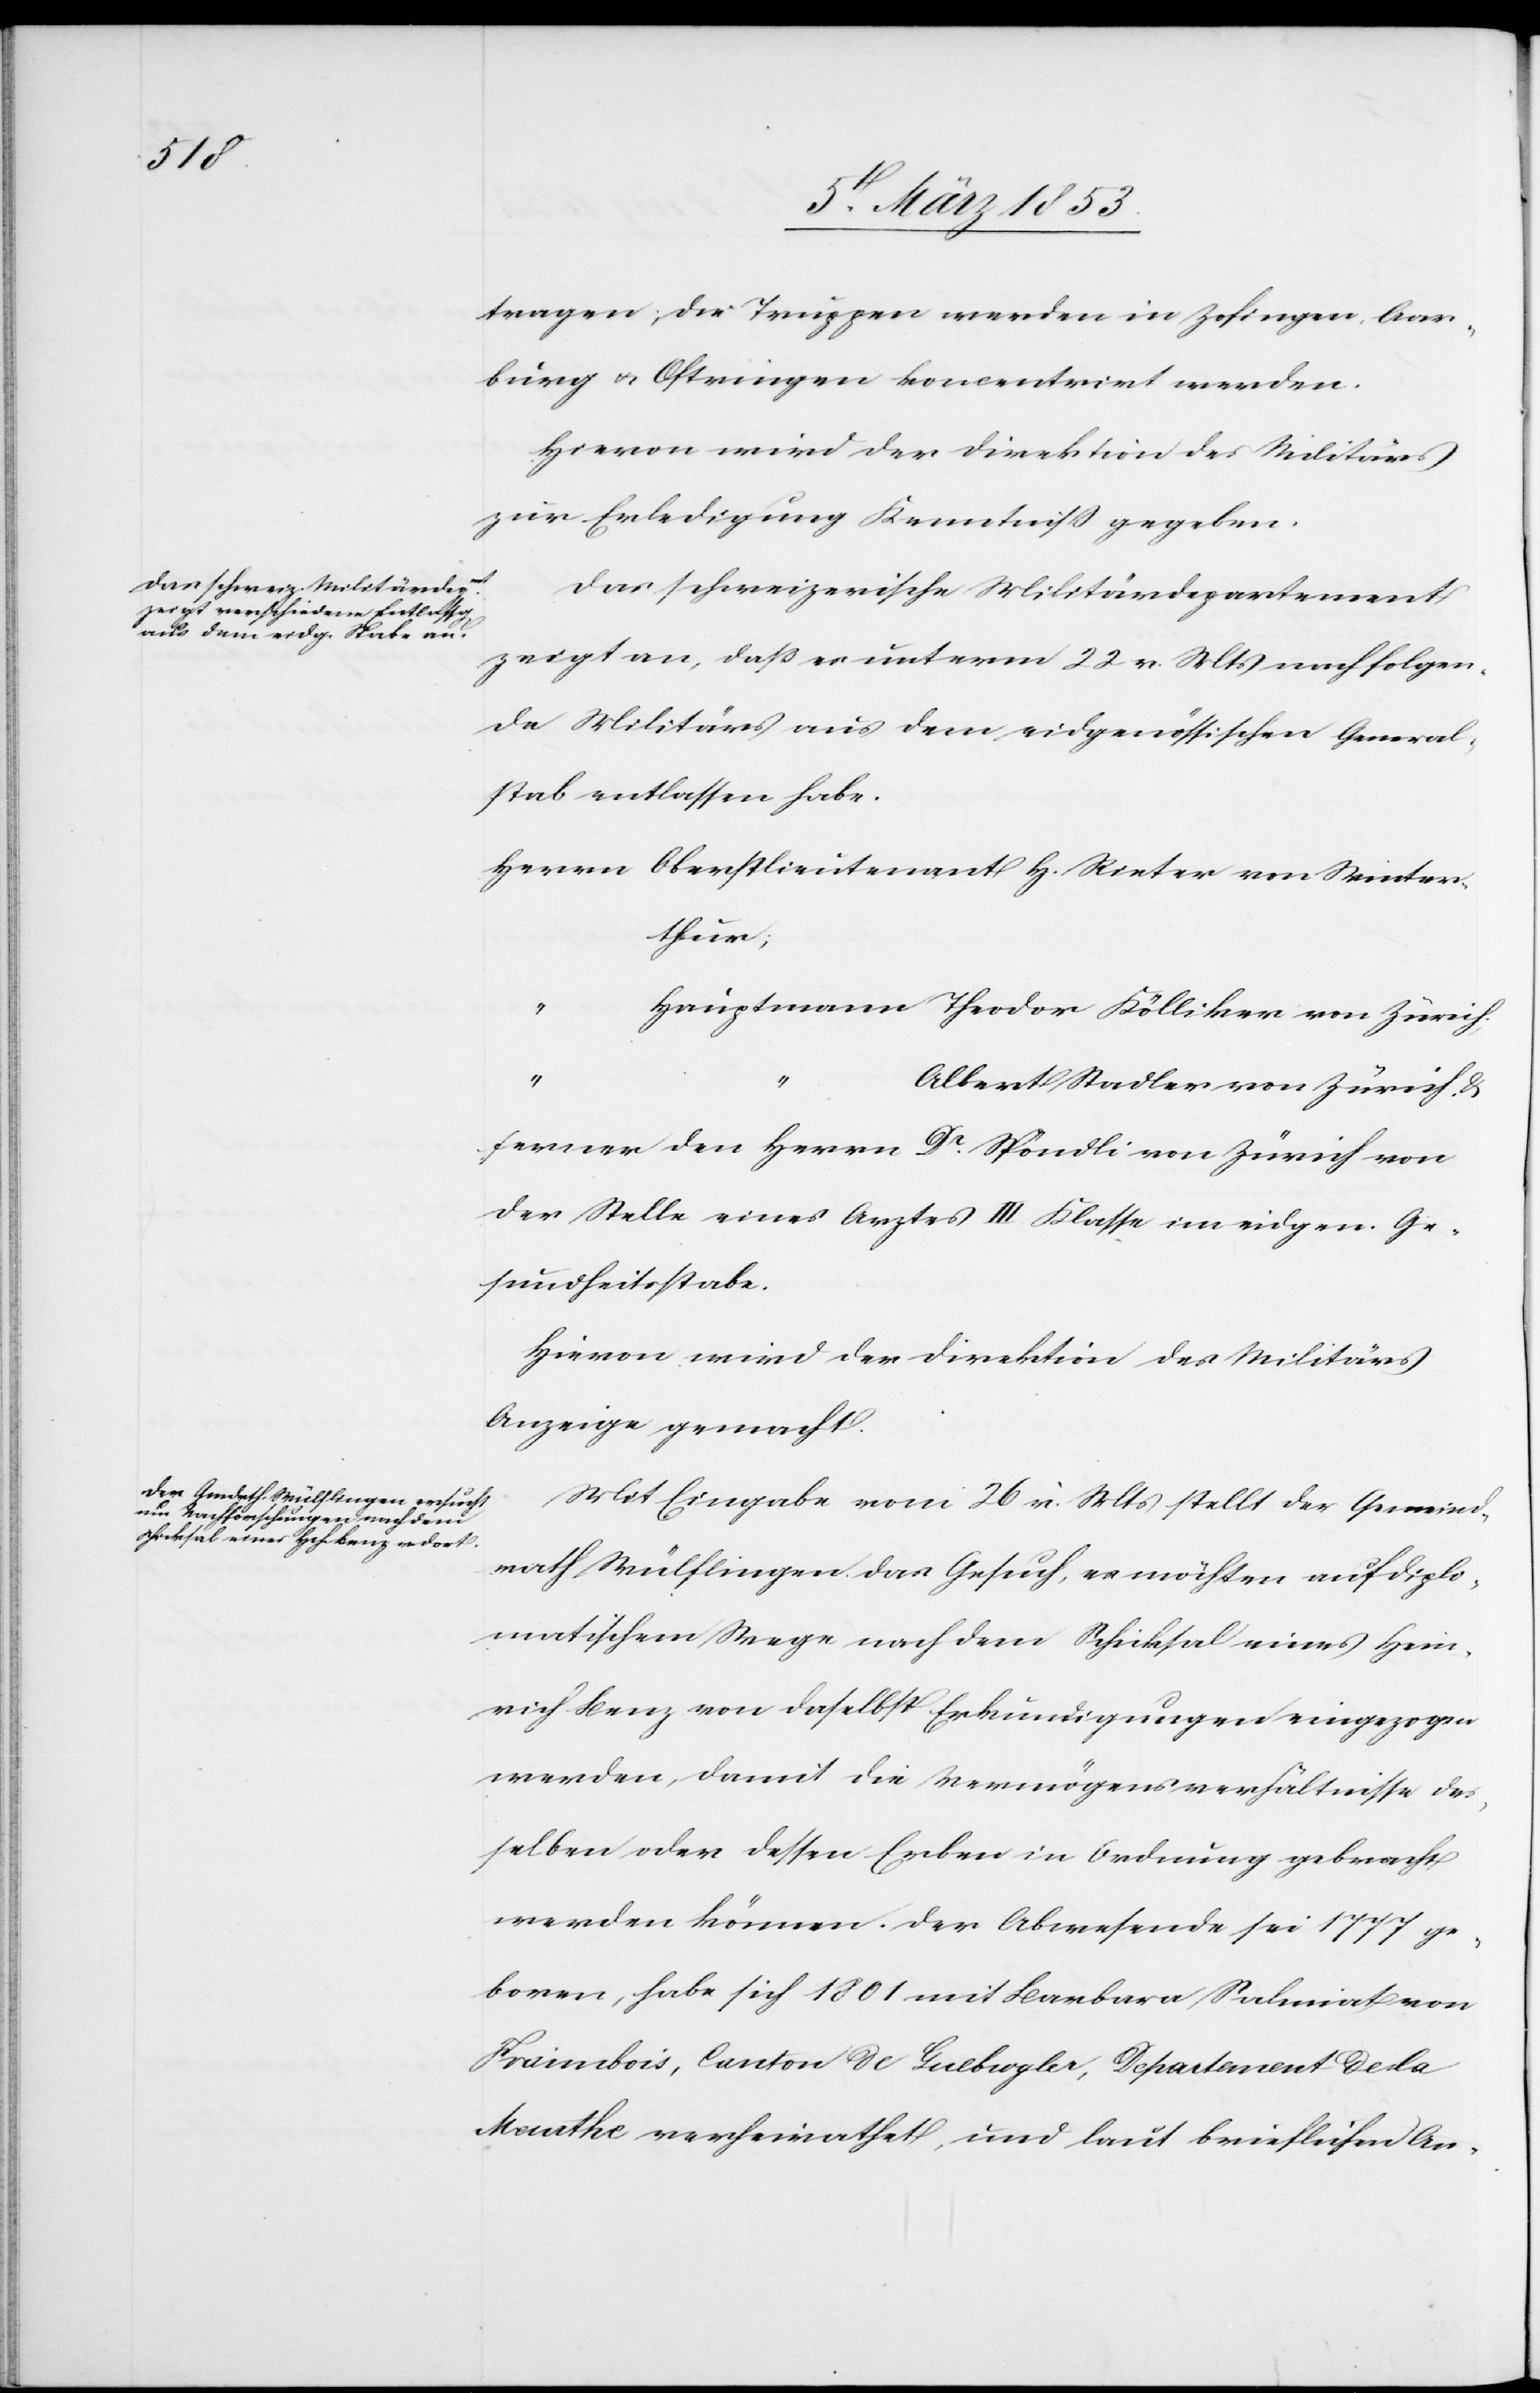
tragen, die Truppen werden in Zofingen, Aar¬
burg u. Ostringen koncentrirt werden.
Hievon wird der Direktion des Militärs
zur Erledigung Kenntniß gegeben.
Das schweizerische Militärdepartement
zeigt an, daß es unterm 22 v. Mts. nachfolgen¬
de Militärs aus dem eidgenössischen General¬
stab entlassen habe.
Herrn Oberstlieutnant H. Rieter von Winter¬
thur,
Hauptmann Theodor Kölliker von Zürich,
&
ferner den Herrn Dr. Spöndli von Zürich von
der Stelle eines Arztes III. Klasse im eidgen. Ge¬
sundheitsstabe.
Hievon wird der Direktion des Militärs
Anzeige gemacht.
Mit Eingabe vom 26 v. Mts. stellt der Gemeind¬
rath Wülflingen das Gesuch, es möchten auf diplo¬
matischem Wege nach dem Schiksal eines Hein¬
rich Benz von daselbst Erkundigungen eingezogen
werden, damit die Vermögensverhältnisse des¬
selben oder dessen Erben in Ordnung gebracht
werden können. Der Abwesende sei 1777
ge¬
boren, habe sich 1801 mit Barbara Salmiat von
Fraimbois, Canton de Gulbrogler [?], Departement de la
Meurthe verheirathet, und laut brieflichen Ar-